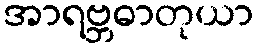
အာရဗ္ဘဓာတုယာ